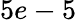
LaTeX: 5e-5